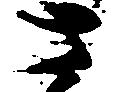
さ